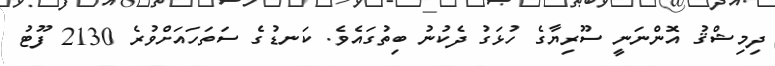
ދިމިޝްޤު އޮންނަނީ ސޫރިޔާގެ ހުޅަގު ދެކުނު ބިތުގައެވެ. ކަނޑުގެ ސަތަހައަށްވުރެ 2130 ފޫޓު